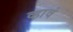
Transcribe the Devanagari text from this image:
व्‍हावं